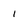
Character: i